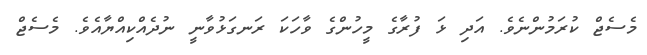
މެސެޖް ކުރަމުންނެވެ. އަދި ޅަ ފުރާގެ މީހުންގެ ވާހަކަ ރަނގަޅުވާނީ ނުދެއްކިއްޔާއެވެ. މެސެޖް